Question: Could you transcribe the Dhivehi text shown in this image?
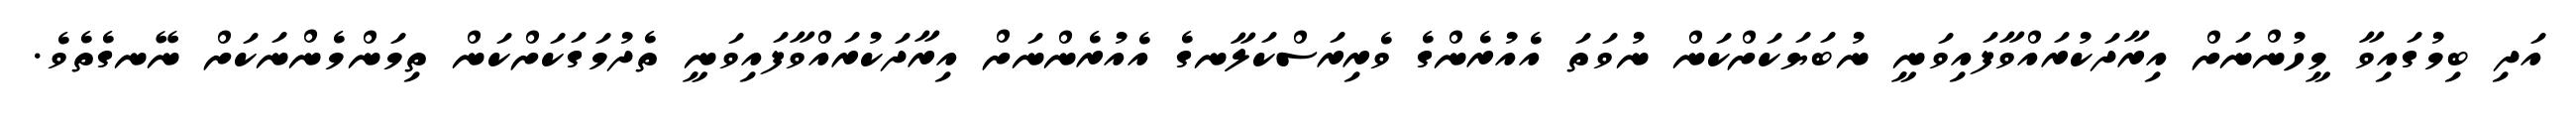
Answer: އަދި ބިމުގައިވާ މީހުންނަށް އިރާދަކުރައްވާފައިވަނީ ނުބަޔަކަށްކަން ނުވަތަ އެއުރެންގެ ވެރިރަސްކަލާނގެ އެއުރެންނަށް އިރާދަކުރައްވާފައިވަނީ ތެދުމަގަކަށްކަން ތިމަންމެންނަކަށް ނޭނގެތެވެ.